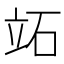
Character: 䇉